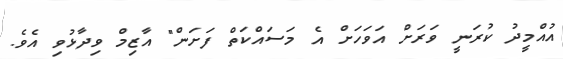
އުއްމީދު ކުރަނީ ވަރަށް އަވަހަށް އެ މަސައްކަތް ފަށަން" އާޒިމް ވިދާޅުވި އެވެ.